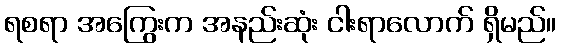
ရစရာ အကြွေးက အနည်းဆုံး ငါးရာလောက် ရှိမည်။